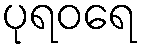
ပုရဝရေ